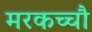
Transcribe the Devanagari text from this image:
मरकच्चौ